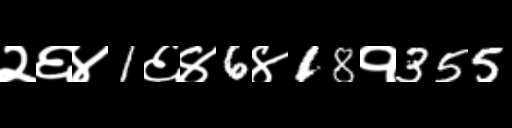
Text: २६४1६४6४18१355